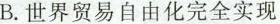
B.世界贸易自由化完全实现